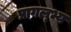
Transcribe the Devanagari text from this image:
प्रागल्भ्य